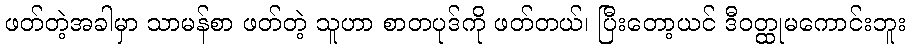
ဖတ်တဲ့အခါမှာ သာမန်စာ ဖတ်တဲ့ သူဟာ စာတပုဒ်ကို ဖတ်တယ်၊ ပြီးတော့ယင် ဒီဝတ္ထုမကောင်းဘူး